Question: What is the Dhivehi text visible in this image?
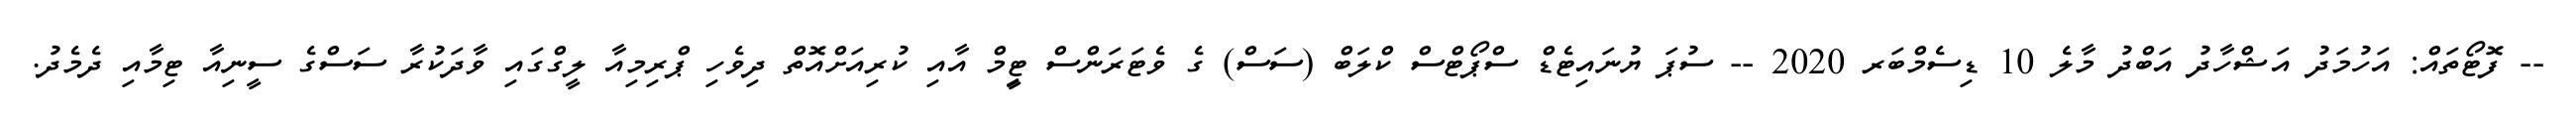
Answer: -- ފޮޓޯތައް: އަހުމަދު އަޝްހާދު އަބްދު މާލެ 10 ޑިސެމްބަރ 2020 -- ސުޕަ ޔުނައިޓެޑް ސްޕޯޓްސް ކްލަބް (ސަސް) ގެ ވެޓަރަންސް ޓިީމް އާއި ކުރިއަށްއޮތް ދިވެހި ޕްރިމިއާ ލީގްގައި ވާދަކުރާ ސަސްގެ ސީނިއާ ޓިމާއި ދެމެދު.